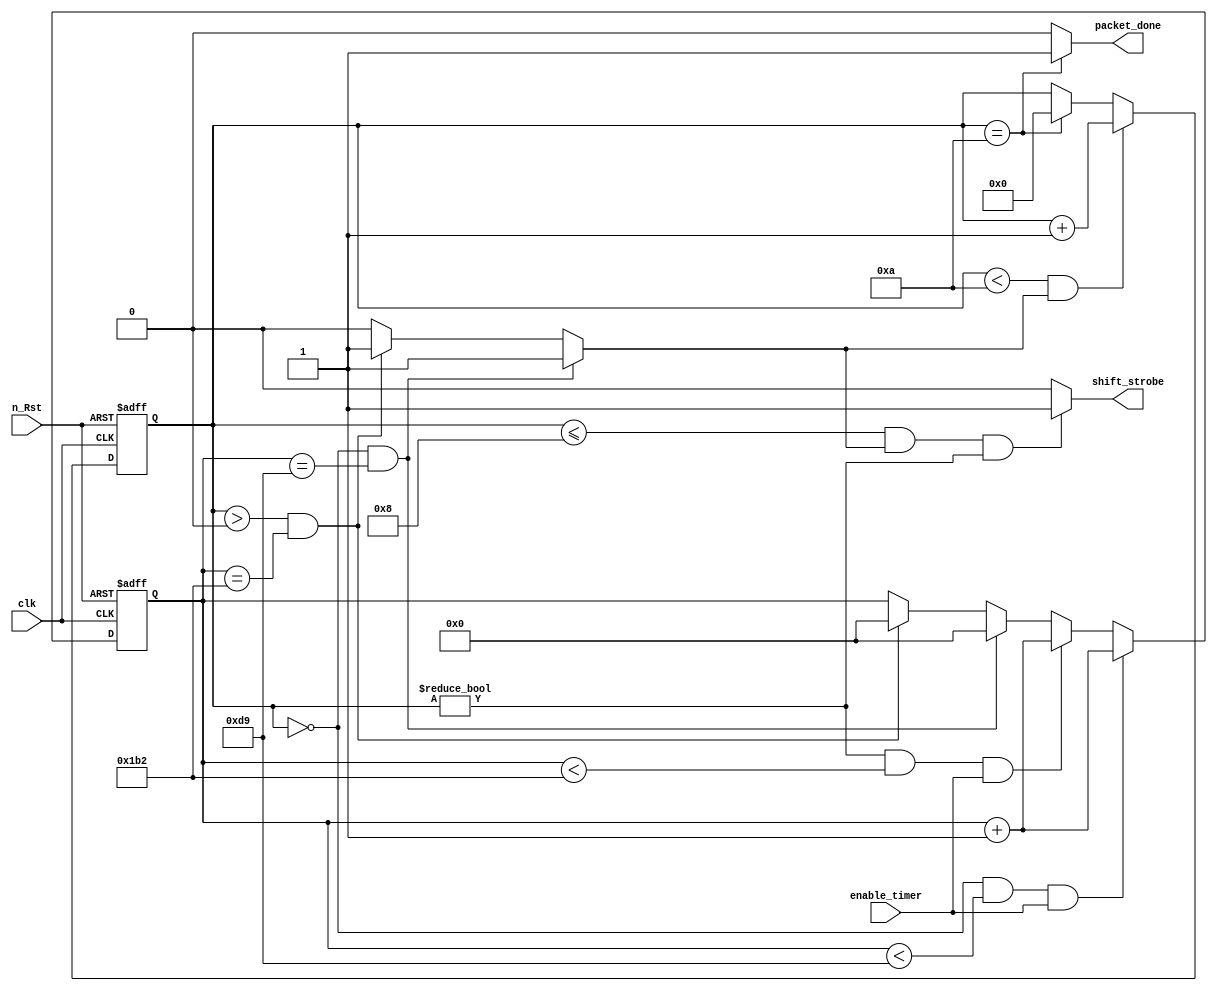
/*
File name:   	timer.vhd
Created:     	2/28/2013
Author:      	Chuan Yean Tan
Version:	1.0 
Description: 	calculate offsets
		UART specifications: 115200 baud rate, system clock at 33MHz
                However the FPGA is running on 27MHz
                and the test bench is running at 50Mhz
*/
module timer(		input clk, n_Rst, 
			input enable_timer,
			output wire shift_strobe,
			output wire packet_done);

reg [3:0] count, nextcount;
reg [8:0] tim_count, next_tim_count;
reg trig;
   
   parameter cyclewaits = 434; //has to equal to clock frequency / baudrate
   
//ctrReg
always @ (posedge clk, negedge n_Rst)
begin 
	if (n_Rst == 1'b0) begin
		tim_count 	<= 9'd0;
		count 		<= 4'd0; 
	end else begin
		tim_count 	<= next_tim_count;
		count 		<= nextcount;
	end
end 

//ctrtime
always @ (enable_timer,count,tim_count)
begin

	//default value 
	next_tim_count = tim_count;
	nextcount = count;
	
	//first loop takes care of the start bit
	//second loop till end clocks when it is at the center
	//assert trigger

	//old values: 286 & 143
	//FPGA values : 234 & 117

	if ((count == 4'd0) && (tim_count == (cyclewaits>>1)))begin 
		trig = 1'b1;
	end else if ((count > 4'd0) && (tim_count == cyclewaits))begin
		trig = 1'b1; 
	end else begin
		trig = 1'b0;
	end

	//increment the timing counter
	if ((count == 4'd0) && (tim_count < (cyclewaits>>1)) && (enable_timer == 1'b1))begin
		next_tim_count = tim_count + 1;
	end else if ((count != 4'd0) && (tim_count < cyclewaits) && (enable_timer == 1'b1)) begin
		next_tim_count = tim_count + 1;
	end else if ((count == 4'd0) && (tim_count == (cyclewaits>>1)))begin 
		next_tim_count = 4'd0;
	end else if ((count > 4'd0) && (tim_count == cyclewaits)) begin
		next_tim_count = 4'd0;
	end else begin 
		next_tim_count = tim_count;
	end

	//bit counter
	if ((count < 4'd10) && (trig == 1'b1))begin
		nextcount = count + 1;
	end else if (count == 4'd10)begin 
		nextcount = 4'd0;
	end else begin
		nextcount = count; 
	end

end	
	assign shift_strobe = ((count <= 4'd8) &&(trig == 1'b1) && (count != 4'd0)) ? 1'b1 : 1'b0;
	assign packet_done = (count == 4'd10) ? 1'b1: 1'b0; 


endmodule